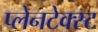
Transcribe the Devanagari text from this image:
प्लेनटेक्स्ट